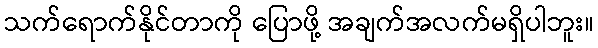
သက်ရောက်နိုင်တာကို ပြောဖို့ အချက်အလက်မရှိပါဘူး။